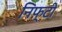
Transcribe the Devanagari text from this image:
निफ़्टी